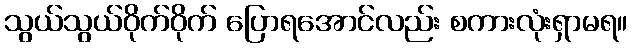
သွယ်သွယ်ဝိုက်ဝိုက် ပြောရအောင်လည်း စကားလုံးရှာမရ။